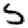
Digit: 5